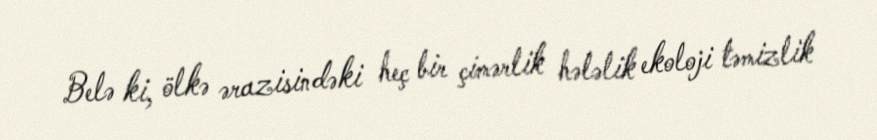
Belə ki, ölkə ərazisindəki heç bir çimərlik hələlik ekoloji təmizlik